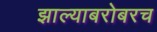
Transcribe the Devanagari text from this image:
झाल्याबरोबरच